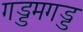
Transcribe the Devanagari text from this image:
गड्डमगड्ड